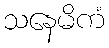
သနေမိကံ